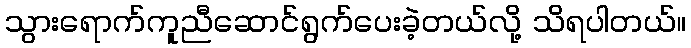
သွားရောက်ကူညီဆောင်ရွက်ပေးခဲ့တယ်လို့ သိရပါတယ်။